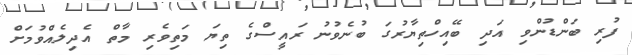
ފުރި ބަންޑުންވި އަދި ބޭއިހްތިޔާރުގަ ބުނެވުނު ރައީސްގެ ތިޔަ މަތިވެރި މާތް އެދިލެއްވުމަށް